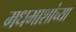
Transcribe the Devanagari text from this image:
मधमाशांच्या